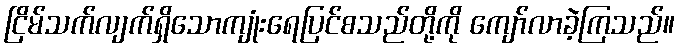
ငြိမ်သက်လျက်ရှိသောကျုံးရေပြင်စသည်တို့ကို ကျော်လာခဲ့ကြသည်။